Bombay plague: being a history of the progress of plague in the Bombay presidency from September 1896 to June 1899
Year: 1896
Disease focus: Plague
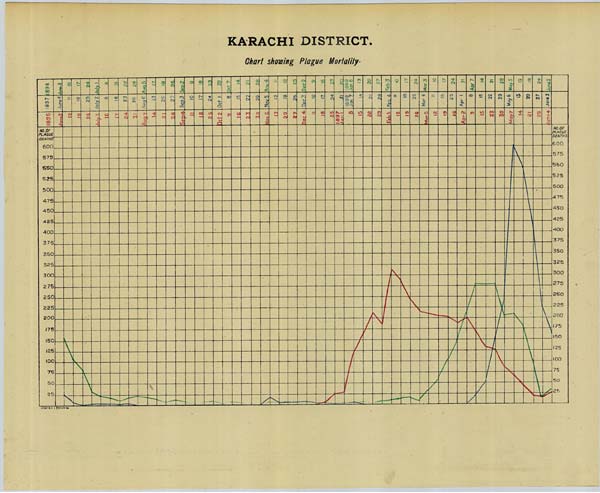
KARACHI DISTRICT.
Chart showing Plague Mortality